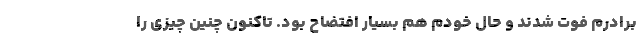
برادرم فوت شدند و حال خودم هم بسیار افتضاح بود. تاکنون چنین چیزی را